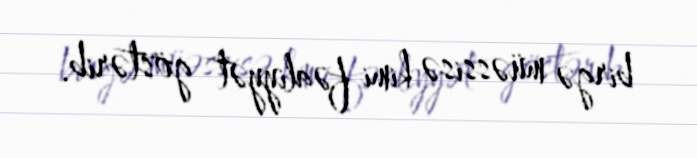
birgə müəssisə kimi fəaliyyət göstərib.